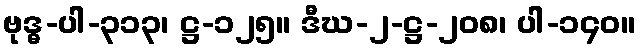
ဗုဒ္ဓ-ပါ-၃၁၃၊ ဋ္ဌ-၁၂၅။ ဒီဃ-၂-ဋ္ဌ-၂၀၈၊ ပါ-၁၄၀။